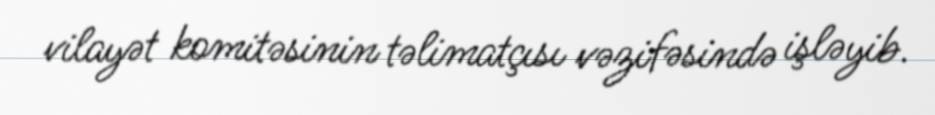
vilayət komitəsinin təlimatçısı vəzifəsində işləyib.